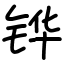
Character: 铧